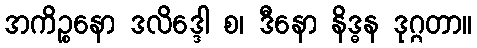
အကိဉ္စနော ဒလိဒ္ဒေါ စ၊ ဒီနော နိဒ္ဓန ဒုဂ္ဂတာ။